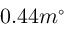
0 . 4 4 m ^ { \circ }